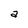
Character: a